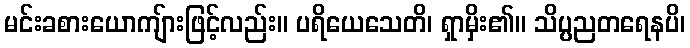
မင်းခစားယောကျ်ားဖြင့်လည်း။ ပရိယေသေတိ၊ ရှာမှိး၏။ သိပ္ပညတရေနပိ၊